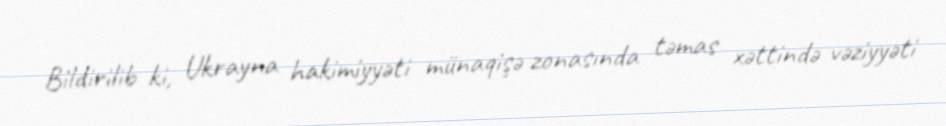
Bildirilib ki, Ukrayna hakimiyyəti münaqişə zonasında təmas xəttində vəziyyəti